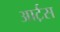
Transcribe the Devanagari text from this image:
आर्ट़स